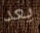
يعد